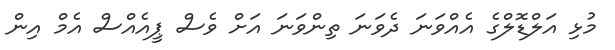
މުޅި އަލްޑޮލްގެ އެއްވަނަ ދެވަނަ ތިންވަނަ އަށް ވެސް ޕީއެއްސް އެމް އިން